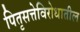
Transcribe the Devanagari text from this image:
पितृसत्तेविरोधातील